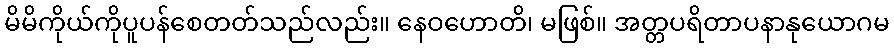
မိမိကိုယ်ကိုပူပန်စေတတ်သည်လည်း။ နေဝဟောတိ၊ မဖြစ်။ အတ္တပရိတာပနာနုယောဂမ